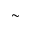
\sim